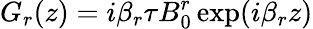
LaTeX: G_{r}(z)=i\beta_{r}\tau B_{0}^{r}\exp(i\beta_{r}z)